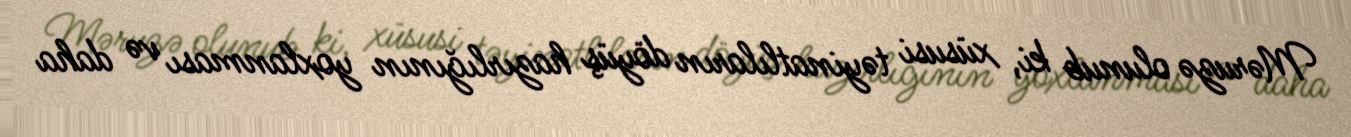
Məruzə olunub ki, xüsusi təyinatlıların döyüş hazırlığının yoxlanması və daha